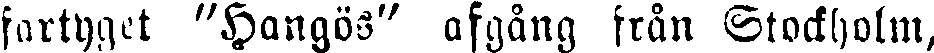
fartyget "Hangös" afgång från Stockholm,